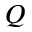
Q